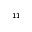
_ { 1 1 }